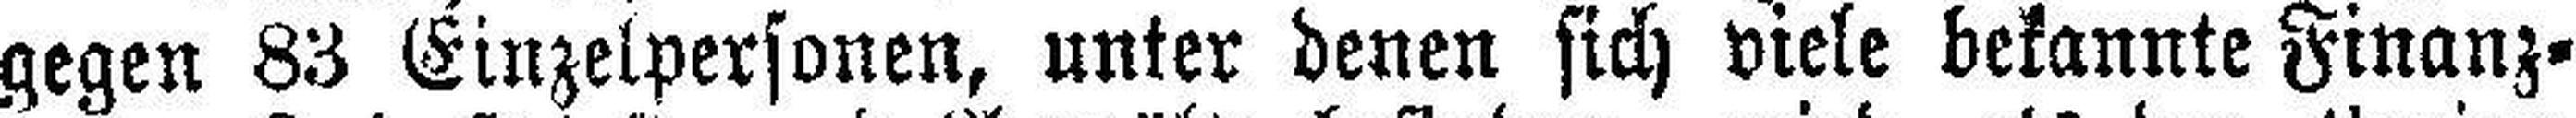
gegen 83 Einzelpersonen, unter denen sich viele bekannte Finanz¬